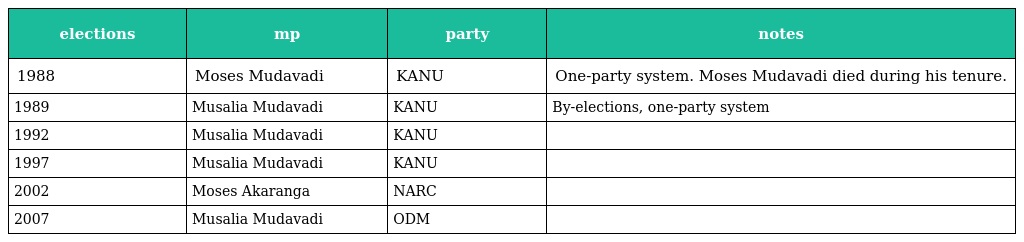
| elections | mp | party | notes |
 | --- | --- | --- | --- |
 | 1988 | Moses Mudavadi | KANU | One-party system. Moses Mudavadi died during his tenure. |
 | 1989 | Musalia Mudavadi | KANU | By-elections, one-party system |
 | 1992 | Musalia Mudavadi | KANU |  |
 | 1997 | Musalia Mudavadi | KANU |  |
 | 2002 | Moses Akaranga | NARC |  |
 | 2007 | Musalia Mudavadi | ODM |  |